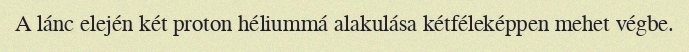
A lánc elején két proton héliummá alakulása kétféleképpen mehet végbe.